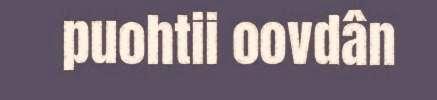
puohtii oovdân